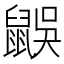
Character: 𪕜